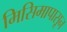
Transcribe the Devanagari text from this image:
मिसिमापासून